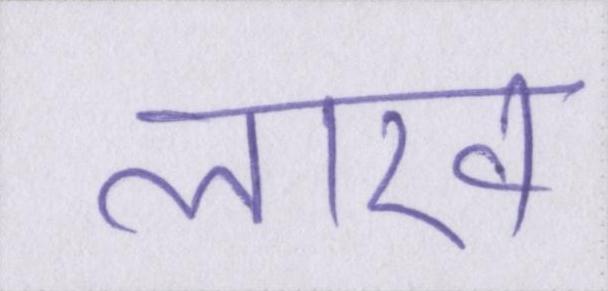
लाख